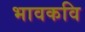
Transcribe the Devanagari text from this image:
भावकवि